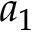
a _ { 1 }